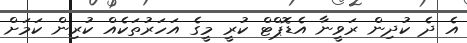
އެ ދެ ކުދިން ރަވީނާ އެޑޮޕްޓް ކުރީ މީގެ އަހަރުތަކެއް ކުރިން ކަމަށް